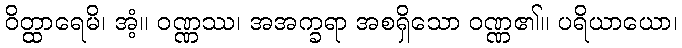
ဝိတ္ထာရေမိ၊ အံ့။ ဝဏ္ဏဿ၊ အအက္ခရာ အစရှိသော ဝဏ္ဏ၏။ ပရိယာယော၊